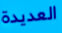
العديدة